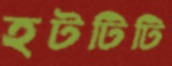
হটটিটি